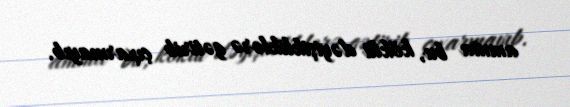
amma bu, köklü dəyişikliklərə gətirib çıxarmayıb.